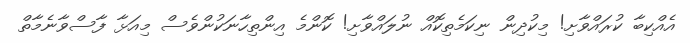
އެއްކިބާ ކުރައްވާށި! މިކުދިން ނިކަމެތިކޮއް ނުލައްވާށި! ކޮންމެ އިންތިހާނަކުންވެސް މިއަޅާ ފާސްވާނެމާތް